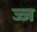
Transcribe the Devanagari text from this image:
ज्ज